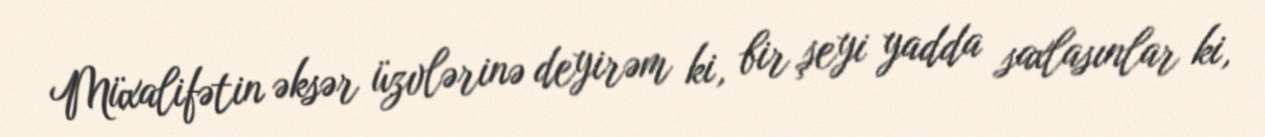
Müxalifətin əksər üzvlərinə deyirəm ki, bir şeyi yadda saxlasınlar ki,